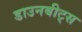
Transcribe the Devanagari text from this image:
डाउनबीट्स